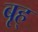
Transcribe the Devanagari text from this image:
बृह्